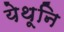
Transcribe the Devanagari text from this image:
येथूनि